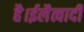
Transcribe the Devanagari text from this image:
है।ईलैत्वादी